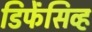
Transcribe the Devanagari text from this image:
डिफेंसिव्ह